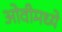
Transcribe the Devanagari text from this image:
ओवीमध्ये